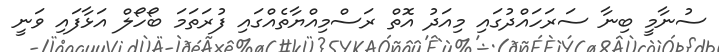
ސުނާމީ ބިނާ ސަރަހައްދުގައި މިއަދު އޮތް ރަސްމިއްޔާތެއްގައި ފުރަތަމަ ބޯހޯލް އަޅާފައި ވަނީ